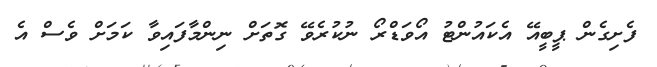
ފެށިގެން ޕީބީއޭ އެކައުންޓު އޯވަޑްރޯ ނުކުރެވޭ ގޮތަށް ނިންމާފައިވާ ކަމަށް ވެސް އެ